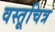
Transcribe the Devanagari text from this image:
वस्तूचित्र